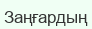
Заңғардың